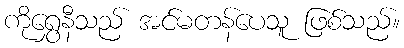
ကိုရွှေနီသည် အင်မတန်ပေသူ ဖြစ်သည်။